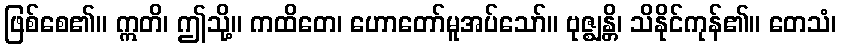
ဖြစ်စေ၏။ ဣတိ၊ ဤသို့။ ကထိတေ၊ ဟောတော်မူအပ်သော်။ ဗုဇ္ဈန္တိ၊ သိနိုင်ကုန်၏။ တေသံ၊